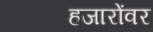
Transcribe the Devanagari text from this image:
हजारोंवर